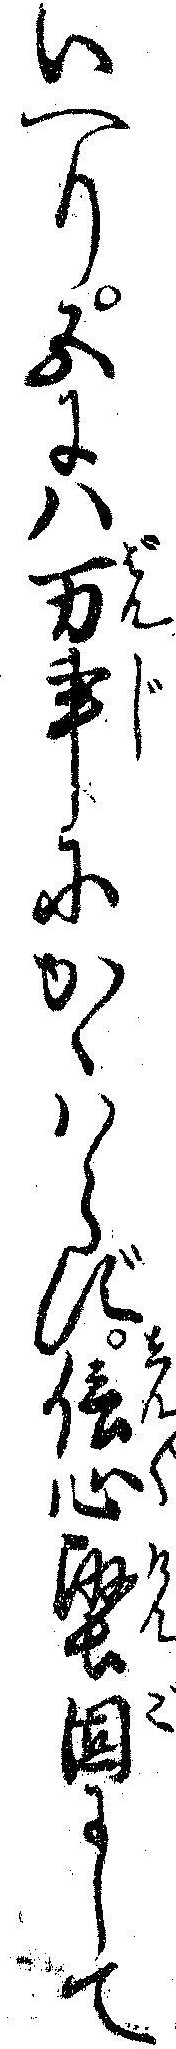
いへり五にハ万事にかゝハらず信心堅固にして